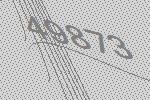
49873